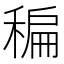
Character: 稨